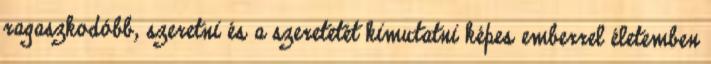
ragaszkodóbb, szeretni és a szeretetét kimutatni képes emberrel életemben